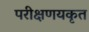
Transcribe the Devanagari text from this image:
परीक्षणयकृत